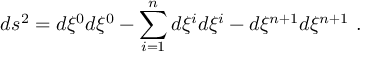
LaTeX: d s ^ { 2 } = d \xi ^ { 0 } d \xi ^ { 0 } - \sum _ { i = 1 } ^ { n } d \xi ^ { i } d \xi ^ { i } - d \xi ^ { n + 1 } d \xi ^ { n + 1 } ~ .